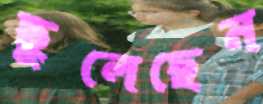
ছুলেছেন